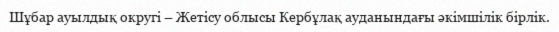
Шұбар ауылдық округі – Жетісу облысы Кербұлақ ауданындағы әкімшілік бірлік.